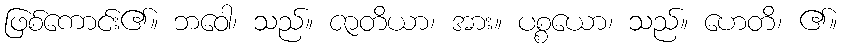
ဖြစ်ကောင်း၏။ ဘဝေါ၊ သည်။ ဇာတိယာ၊ အား။ ပစ္စယော၊ သည်။ ဟေတိ၊ ၏။